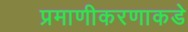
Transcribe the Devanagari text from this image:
प्रमाणीकरणाकडे